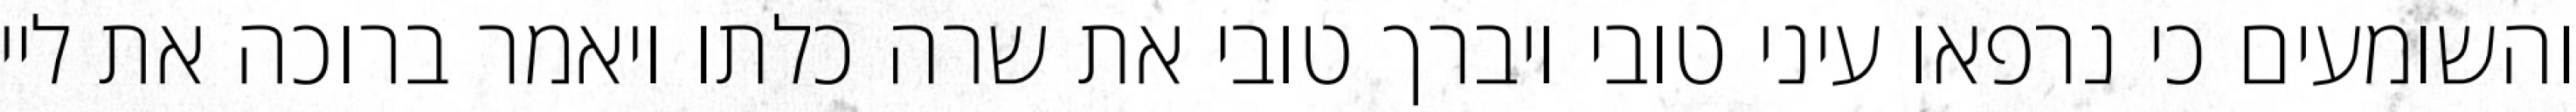
והשומעים כי נרפאו עיני טובי ויברך טובי את שרה כלתו ויאמר ברוכה את ליי